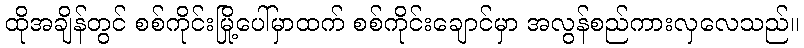
ထိုအချိန်တွင် စစ်ကိုင်းမြို့ပေါ်မှာထက် စစ်ကိုင်းချောင်မှာ အလွန်စည်ကားလှလေသည်။